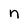
Character: n